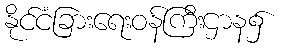
နိုင်ငံခြားရေးဝန်ကြီးဌာန၌